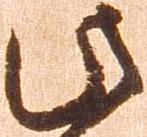
此